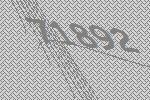
71892